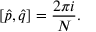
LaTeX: [ \hat { p } , \hat { q } ] = \frac { 2 \pi i } { N } .